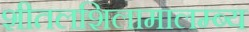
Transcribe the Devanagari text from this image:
शीतलशिलामालम्ब्य